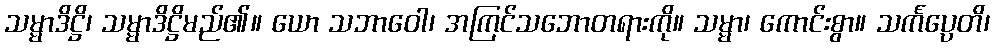
သမ္မာဒိဋ္ဌိ၊ သမ္မာဒိဋ္ဌိမည်၏။ ယော သဘာဝေါ၊ အကြင်သဘောတရားကို။ သမ္မာ၊ ကောင်းစွာ။ သင်္ကပ္ပေတိ၊